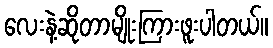
လေးနဲ့ဆိုတာမျိုးကြားဖူးပါတယ်။